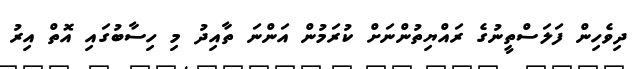
ދިވެހިން ފަލަސްތީނުގެ ރައްޔިތުންނަށް ކުރަމުން އަންނަ ތާއިދު މި ހިސާބުގައި އޮތް އިރު